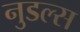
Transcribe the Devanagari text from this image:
नुडल्स